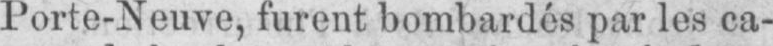
Porte-Neuve, furent bombardés par les ca-